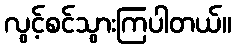
လွင့်စင်သွားကြပါတယ်။